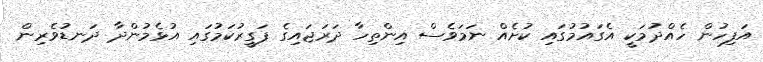
އަފިހުން ހެއްދުމަކީ އެގައުމުގައި ކުށެއް ނަމަވެސް އިންތިހާ ދަރަޖައިގެ ފަގީރުކަމުގައި އުޅެމުންދާ ދަނޑުވެރިން